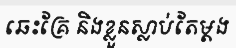
ឆេះគ្រែ និងខ្លួនស្លាប់តែម្តង